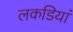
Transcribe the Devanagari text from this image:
लकडियां